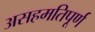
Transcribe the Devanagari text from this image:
असहमतिपूर्ण